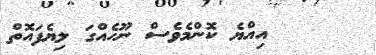
އިއްޔެ ކޮންމެވެސް ނޫހެއްގަ ލިޔެފައޮތް